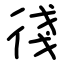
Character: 㣤